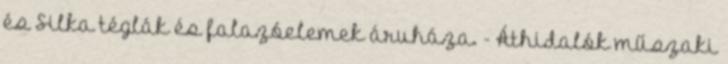
és Silka téglák és falazóelemek áruháza. - Áthidalók műszaki